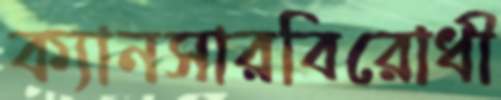
ক্যানসারবিরোধী